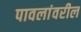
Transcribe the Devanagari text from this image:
पावलांवरील